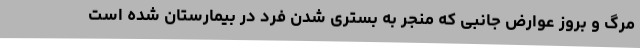
مرگ و بروز عوارض جانبی که منجر به بستری شدن فرد در بیمارستان شده است